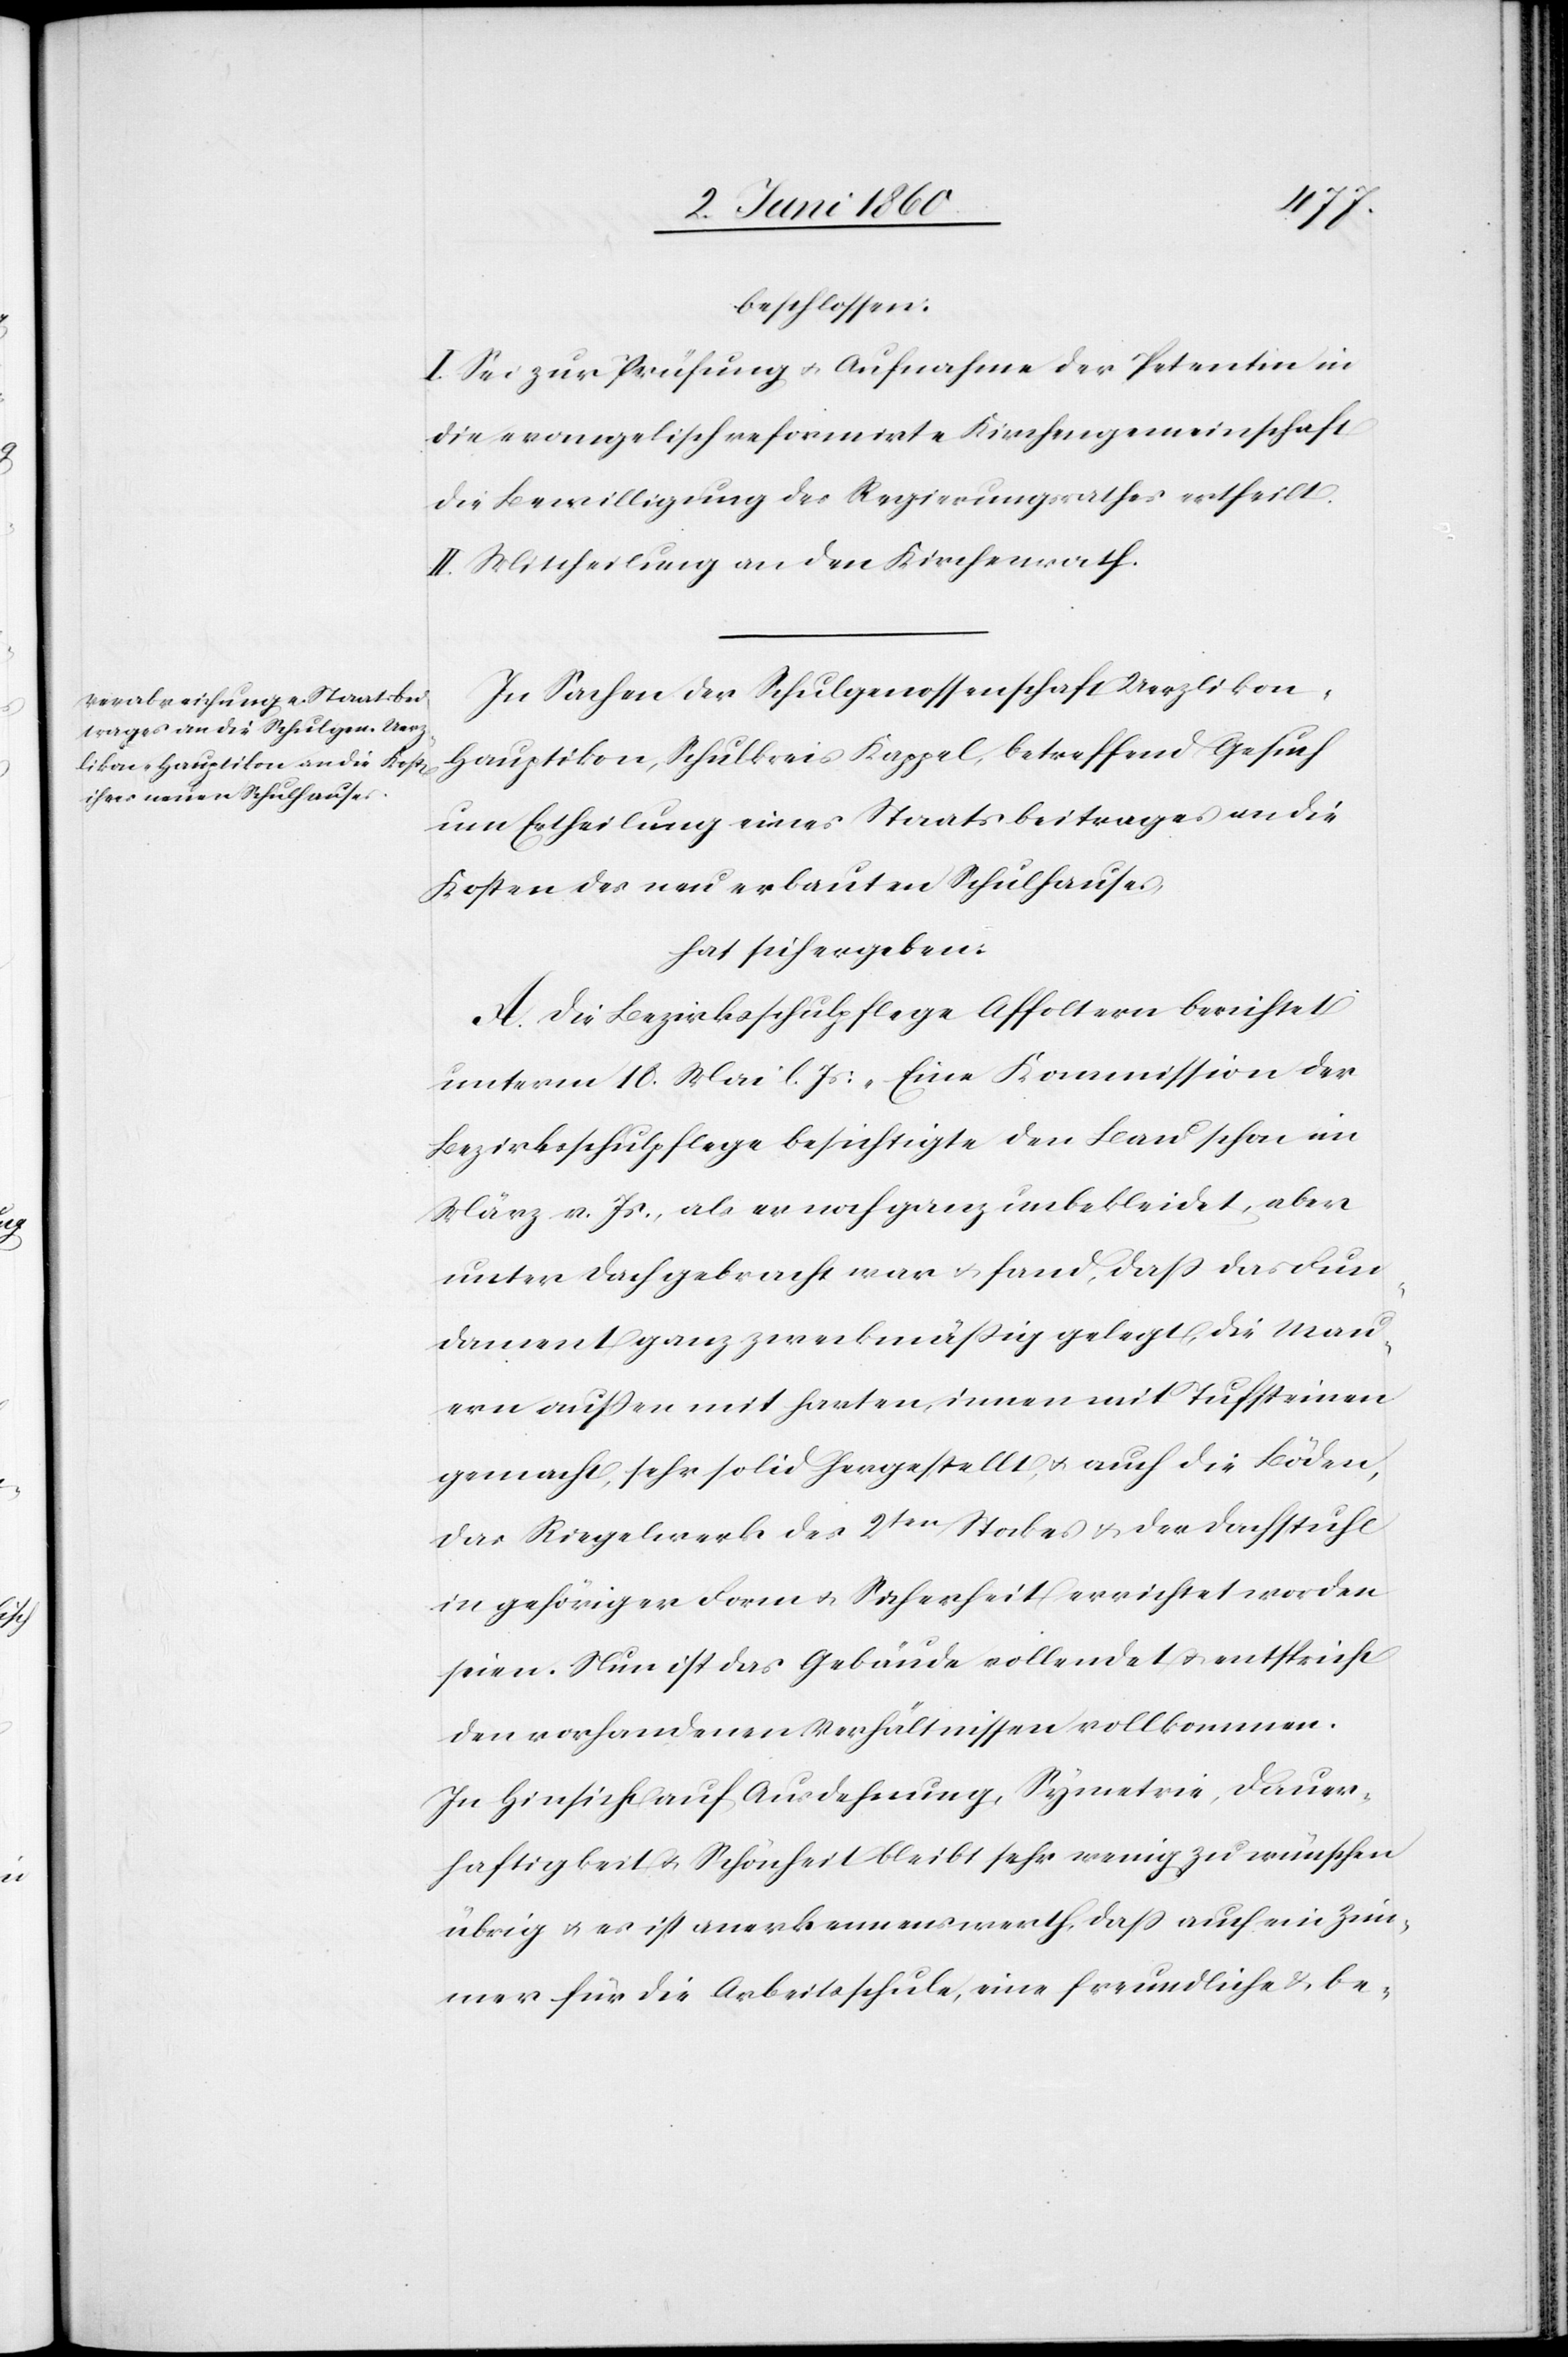
beschlossen:
I. Sei zur Prüfung u. Aufnahme der Petentin in
die evangelisch reformirte Kirchengemeinschaft
die Bewilligung des Regierungsrathes ertheilt.
II. Mittheilung an den Kirchenrath.
In Sachen der Schulgenossenschaft Uerzliko¬
n-Hauptikon, Schulkreis Kappel, betreffend Gesuch
um Ertheilung eines Staatsbeitrages an die
Kosten des neu erbauten Schulhauses,
hat sich ergeben:
A. Die Bezirksschulpflege Affoltern berichtet
unterm 18. Mai l. Js.: „Eine Kommission der
Bezirksschulpflege besichtigte den Bau schon im
März v. Js., als er noch ganz unbekleidet, aber
unter Dach gebracht war u. fand , dass das Fun¬
dament ganz zweckmässig gelegt, die Mau¬
ern aussen mit harten, innen mit Tufsteinen
gemacht, sehr solid hergestellt, u. auch die Böden,
das Riegelwerk des 2ten Stockes u. der Dachstuhl
in gehöriger Form u. Sicherheit errichtet worden
seien. Nun ist das Gebäude vollendet u. entspricht
den vorhandenen Verhältnissen vollkommen.
In Hinsicht auf Ausdehnung, Symetrie, Dauer¬
haftigkeit u. Schönheit bleibt sehr wenig zu wünschen
übrig, u. es ist anerkennenswerth, dass auch ein Zim¬
mer für die Arbeitsschule, eine freundliche u. be-